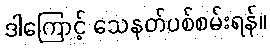
ဒါကြောင့် သေနတ်ပစ်စမ်းရန်။